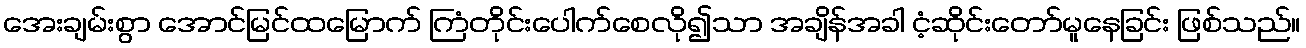
အေးချမ်းစွာ အောင်မြင်ထမြောက် ကြံတိုင်းပေါက်စေလို၍သာ အချိန်အခါ ငံ့ဆိုင်းတော်မူနေခြင်း ဖြစ်သည်။